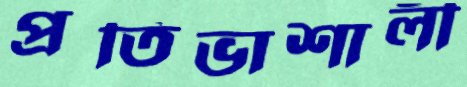
প্রতিভাশালী